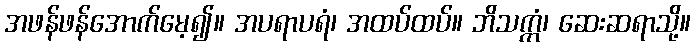
အဖန်ဖန်အောက်မေ့၍။ အပရာပရံ၊ အထပ်ထပ်။ ဘိသက္ကံ၊ ဆေးဆရာသို့။